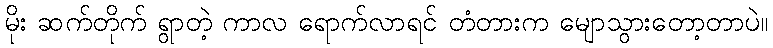
မိုး ဆက်တိုက် ရွာတဲ့ ကာလ ရောက်လာရင် တံတားက မျောသွားတော့တာပဲ။